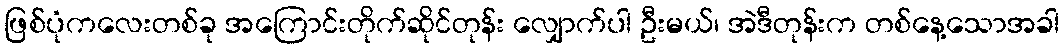
ဖြစ်ပုံကလေးတစ်ခု အကြောင်းတိုက်ဆိုင်တုန်း လျှောက်ပါ ဦးမယ်၊ အဲဒီတုန်းက တစ်နေ့သောအခါ